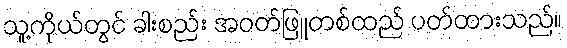
သူ့ကိုယ်တွင် ခါးစည်း အဝတ်ဖြူတစ်ထည် ပတ်ထားသည်။